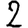
Digit: 2